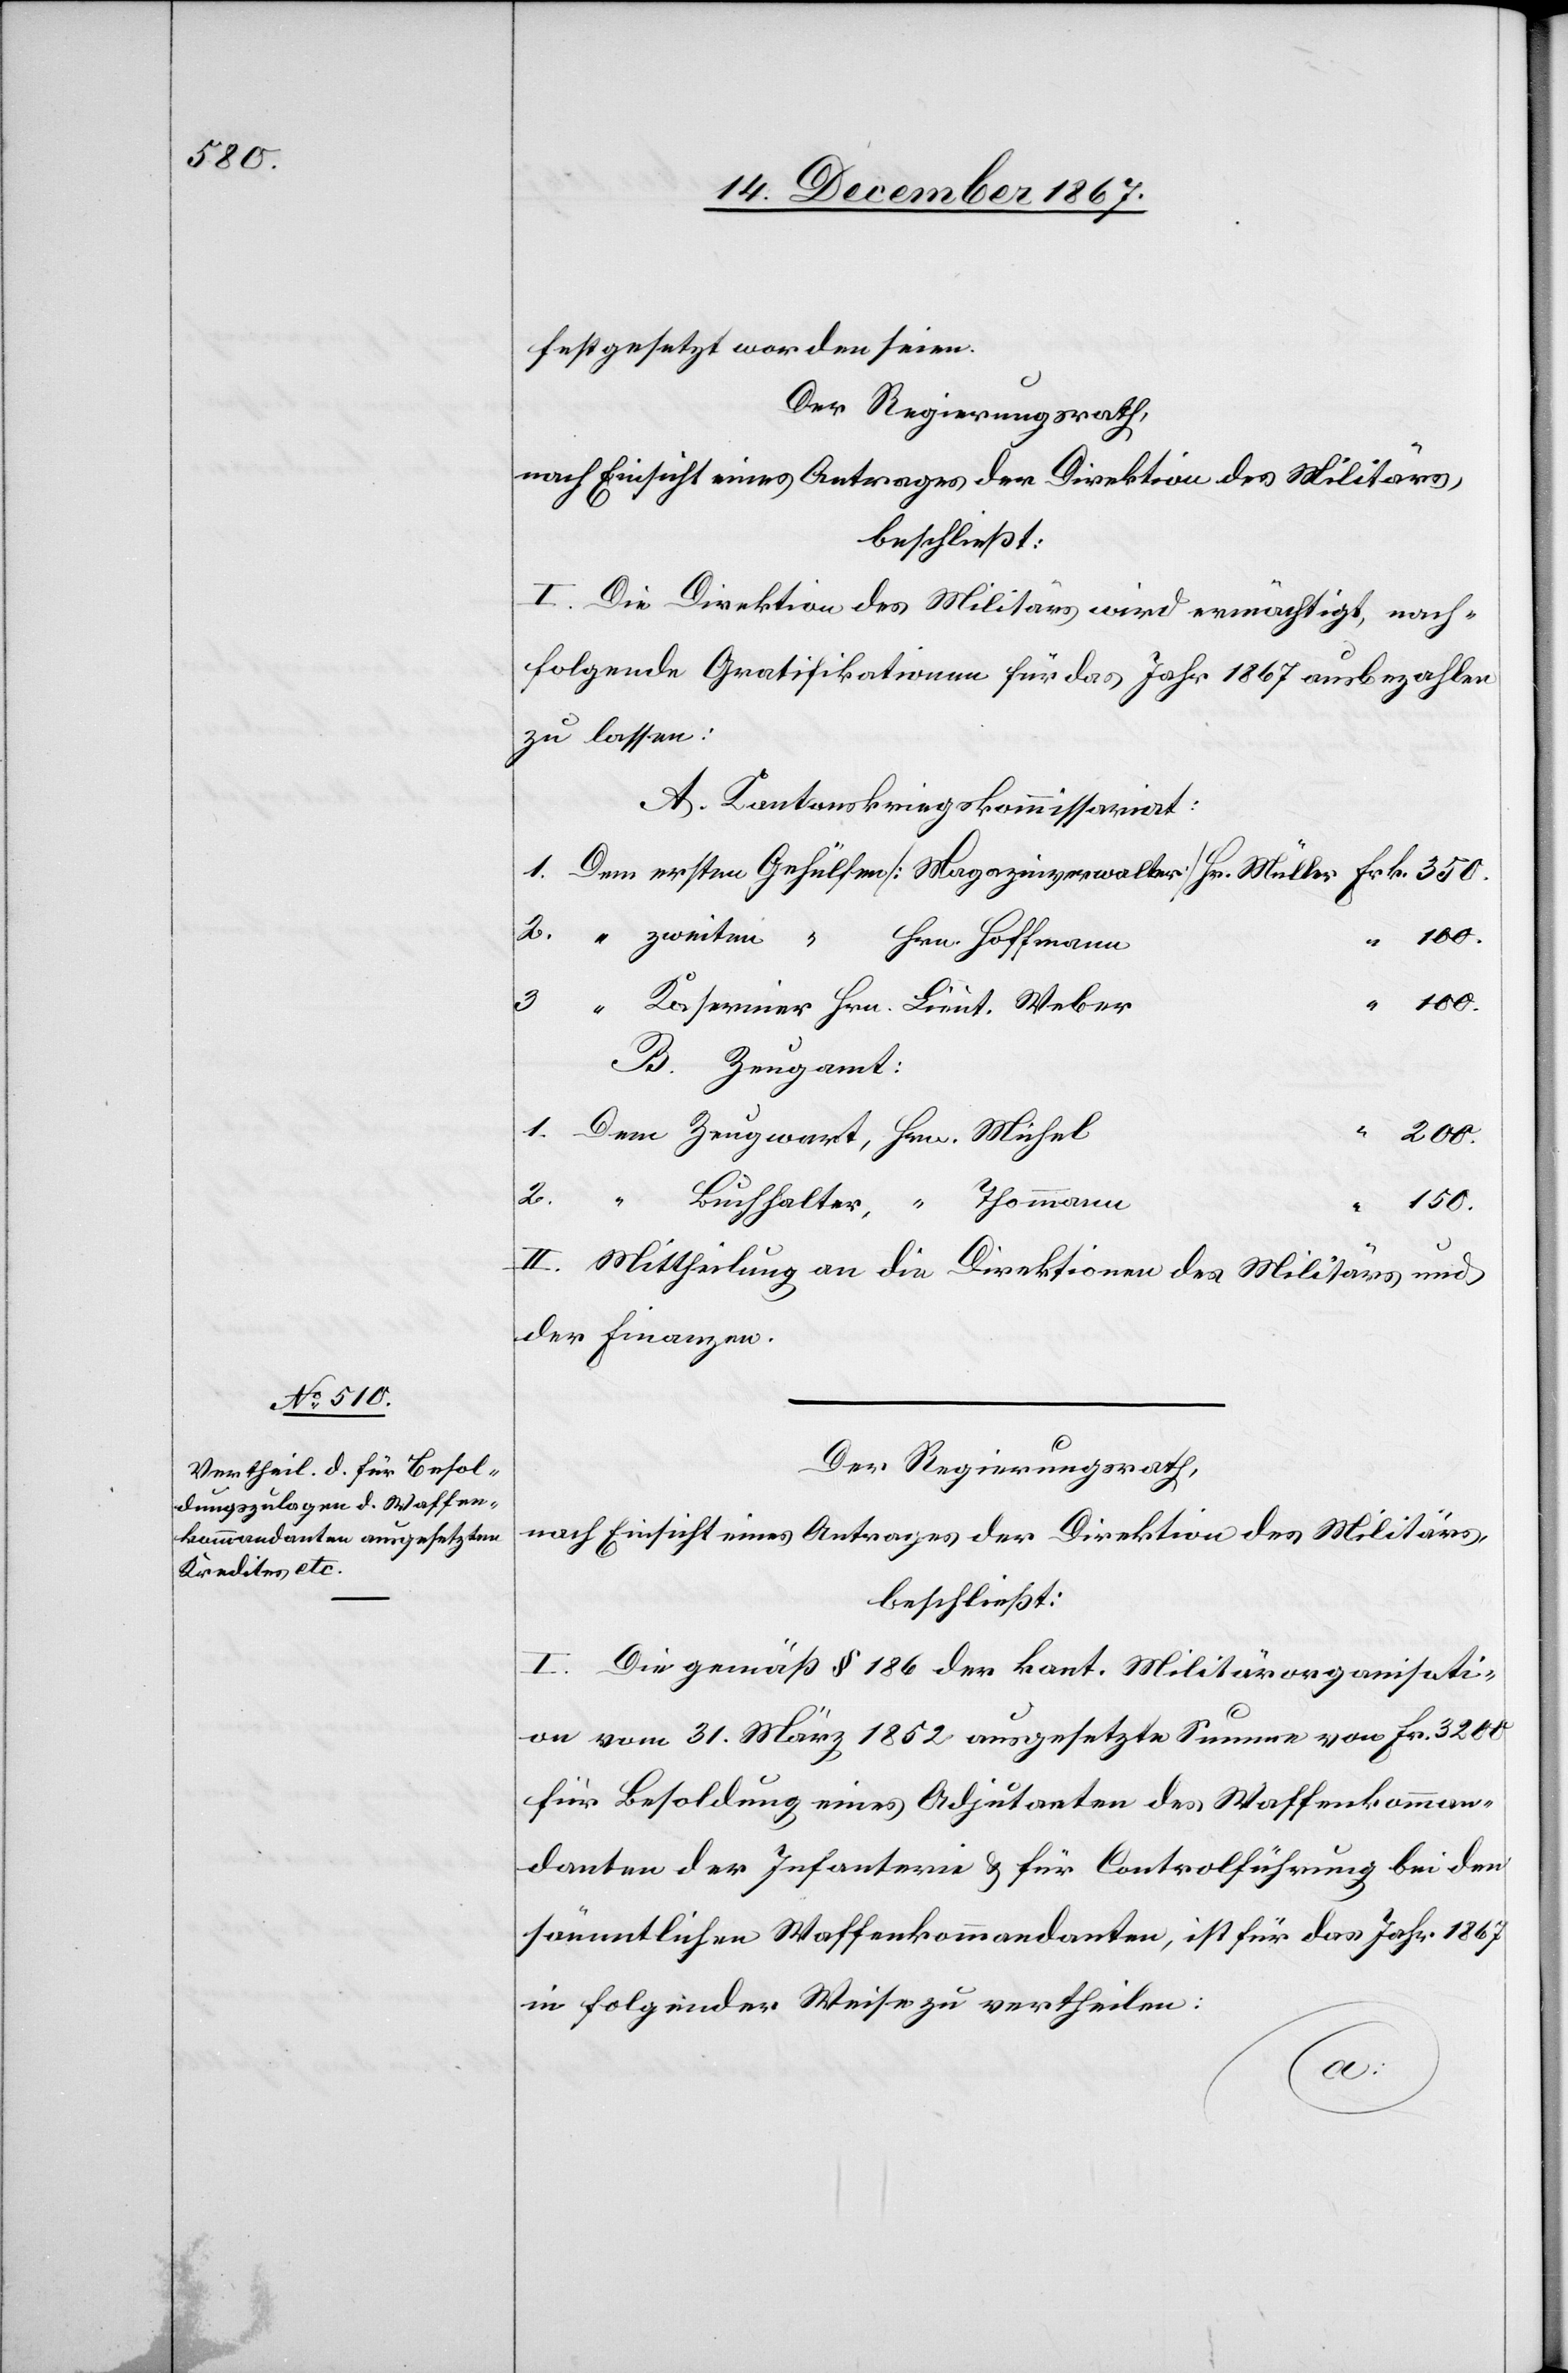
festgesetzt worden seien.
Der Regierungsrath,
nach Einsicht eines Antrages der Direktion des Militärs,
beschließt:
I. Die Direktion des Militärs wird ermächtigt, nach¬
folgende Gratifikationen für das Jahr 1867 ausbezahlen
zu lassen:
A. Kantonskriegskommissariat:
150.
B. Zeugamt:
2.
200.
Buchhalter, “ Thommann
II. Mittheilung an die Direktionen des Militärs und
der Finanzen.
1.
Der Regierungsrath,
nach Einsicht eines Antrages der Direktion des Militärs,
beschließ:
I. Die gemäß § 186 der kant. Militärorganisati¬
on vom 31. März 1852 ausgesetzte Summe von Fr. 3200
für Besoldung eines Adjutanten des Waffenkomman¬
danten der Infanterie u. für Controlführung bei den
sämmtlichen Waffenkommandanten, ist für das Jahr 1867
in folgender Weise zu vertheilen:
Hrn,